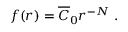
f ( r ) = \overline { { { C } } } _ { 0 } r ^ { - N } \mathrm { ~ . }